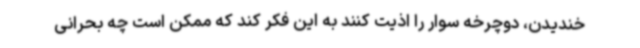
خندیدن، دوچرخه سوار را اذیت کنند به این فکر کند که ممکن است چه بحرانی